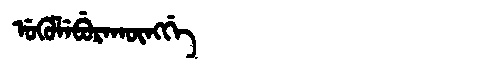
Manchu: ᡠᡴᡠᠯᡝᠪᡠᡵᠠᡴᡡᠩᡤᡝ
Romanization: UKULEBURAKŪNGGE